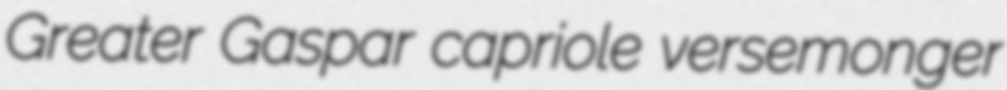
Greater Gaspar capriole versemonger